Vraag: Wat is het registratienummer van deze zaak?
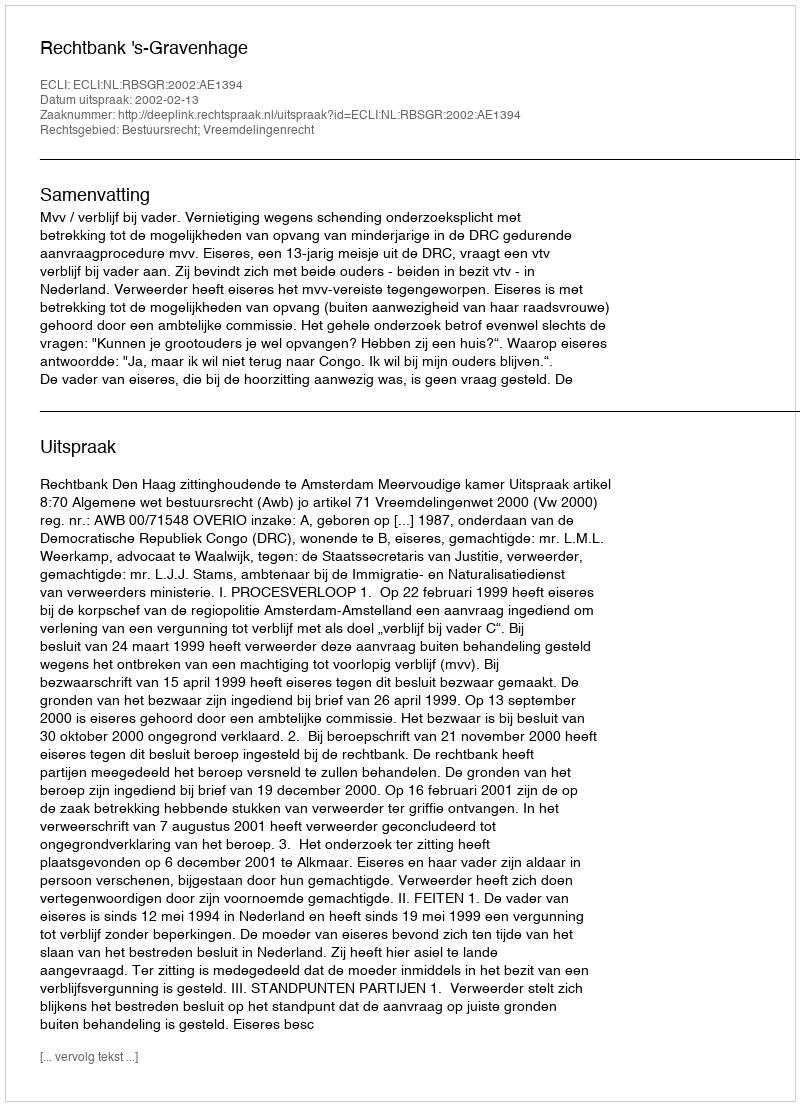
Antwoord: http://deeplink.rechtspraak.nl/uitspraak?id=ECLI:NL:RBSGR:2002:AE1394